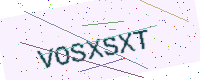
Text: VOSXSXT